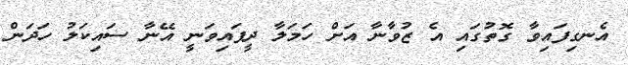
އެނގިފައިވާ ގޮތުގައި އެ ޒުވާނާ އަށް ހަމަލާ ދީފައިވަނީ އޭނާ ސައިކަލު ހަދަން